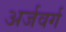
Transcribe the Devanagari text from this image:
अर्जवर्ग